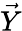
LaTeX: \vec{Y}